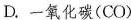
D.一氧化碳(CO)